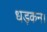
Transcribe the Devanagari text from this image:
धड़कन।